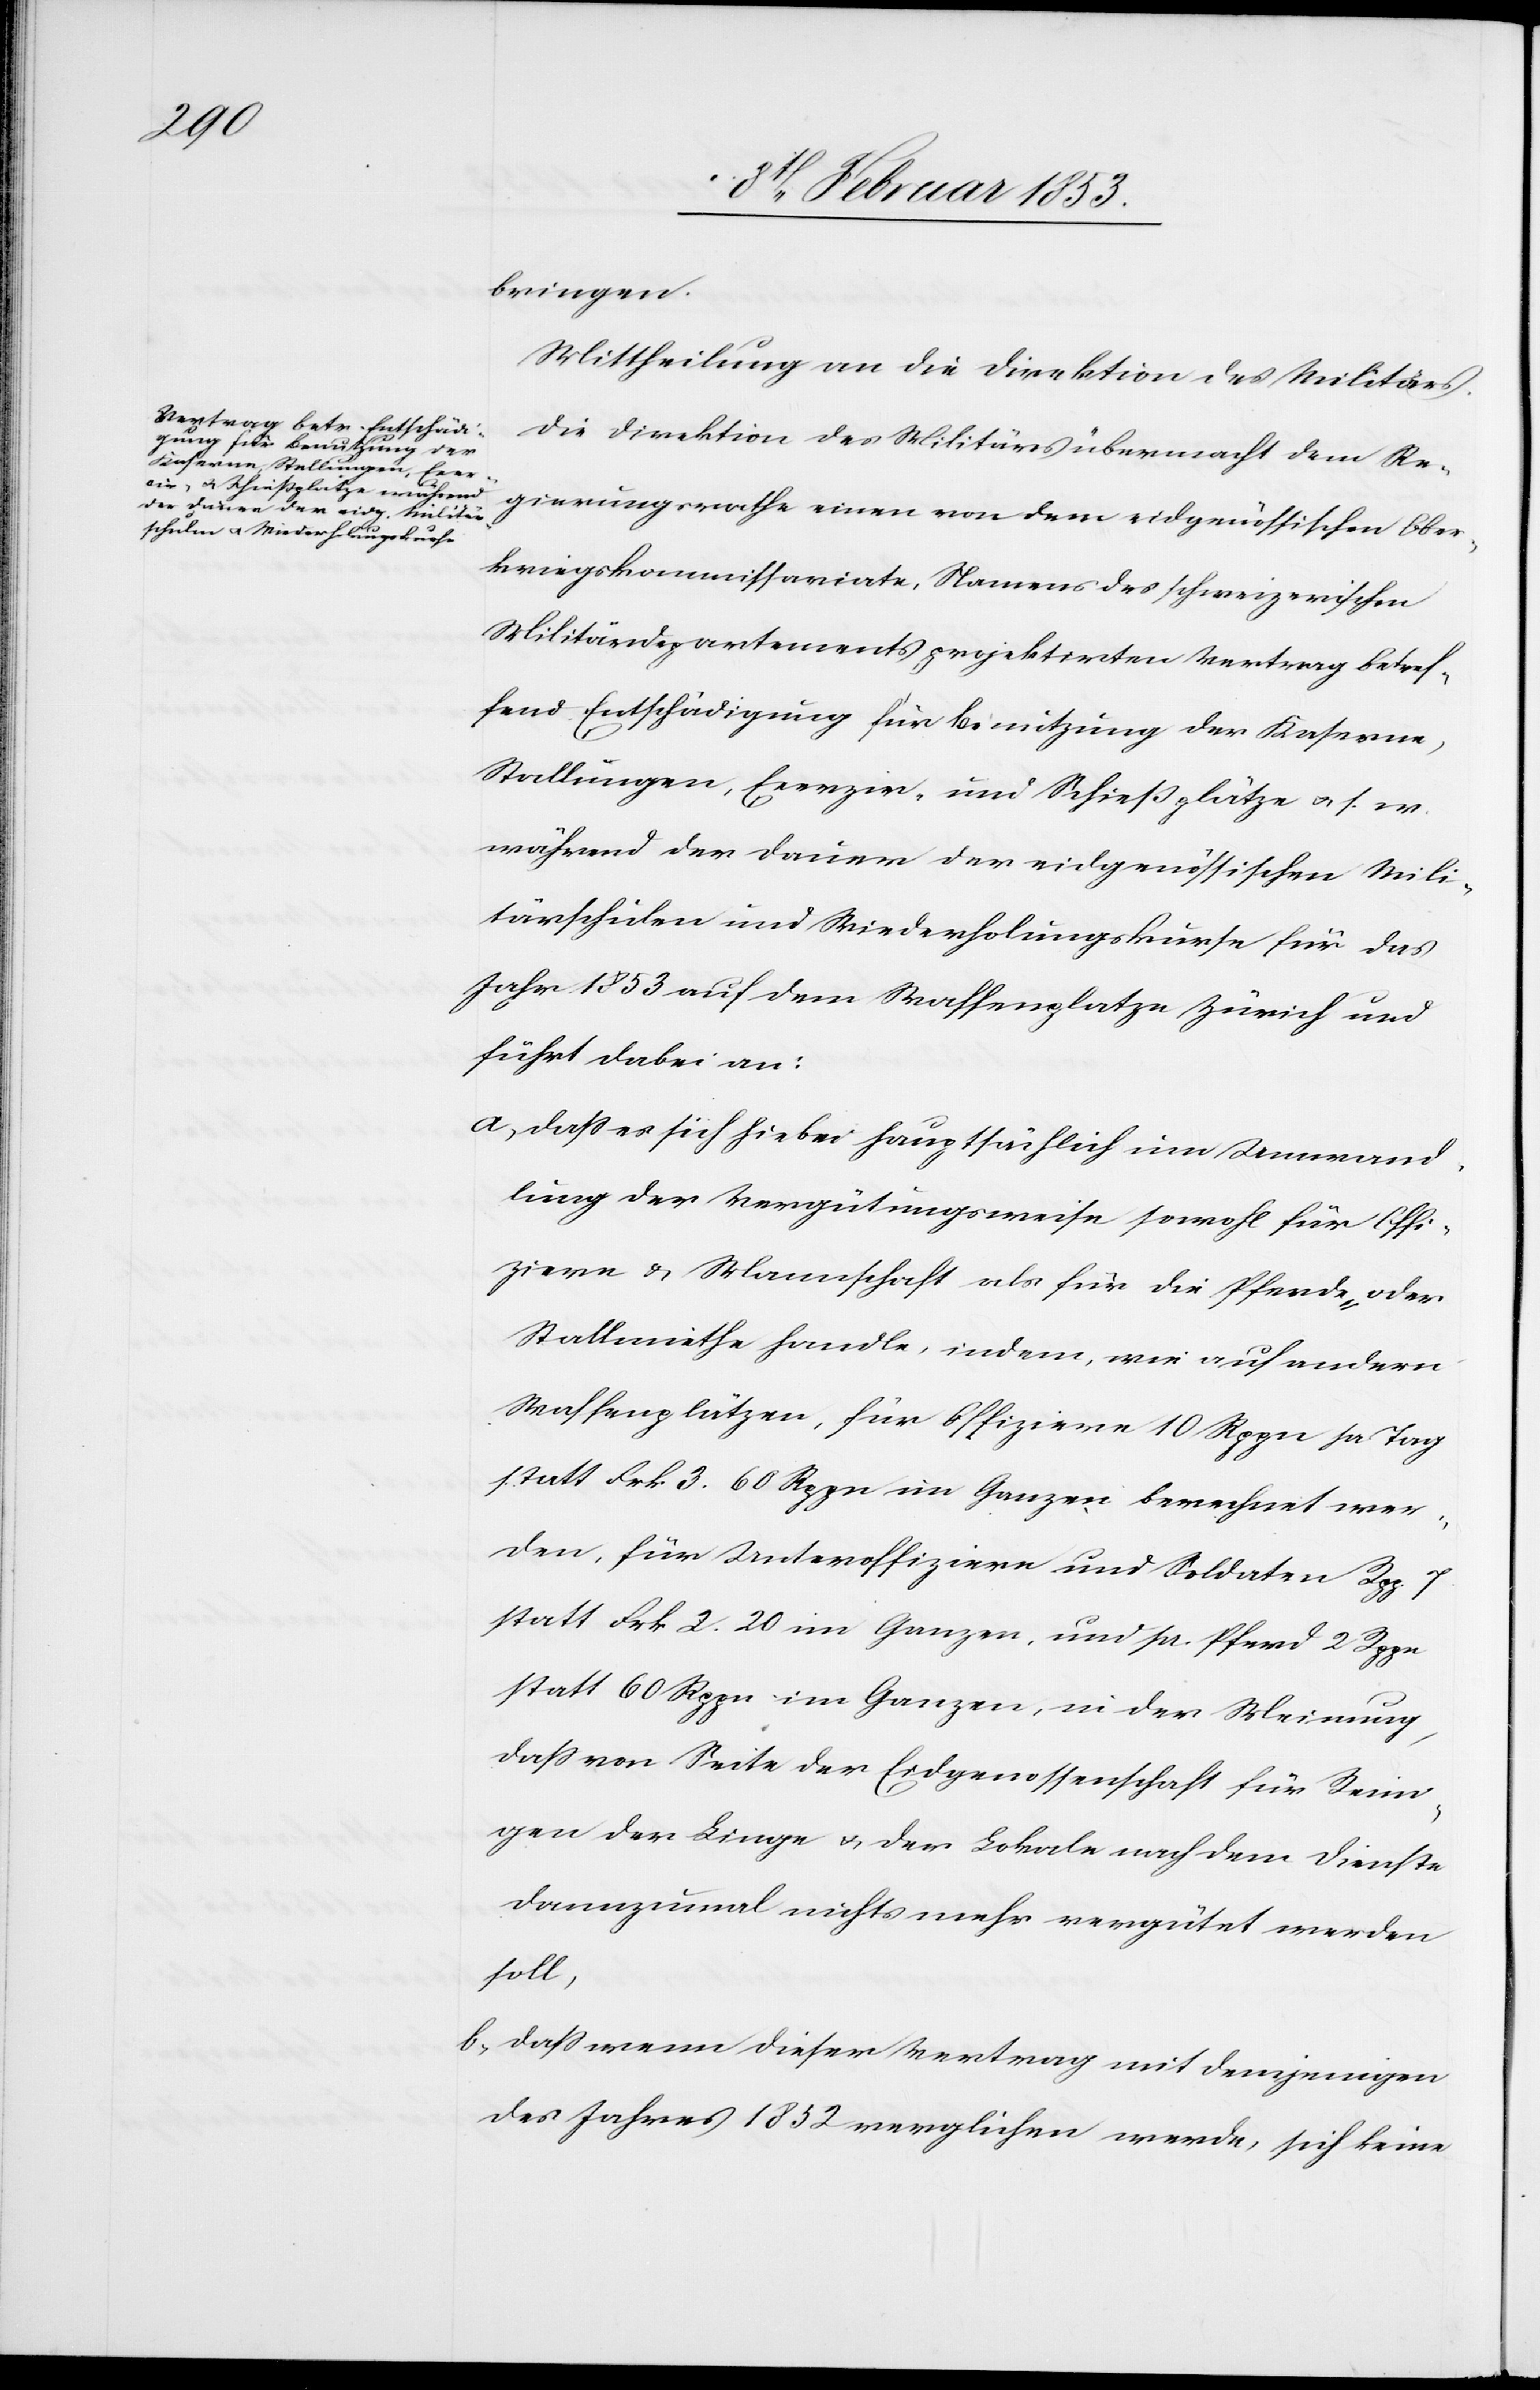
bringen.
Mittheilung an die Direktion des Militärs.
Die Direktion des Militärs übermacht dem Re¬
gierungsrathe einen von dem eidgenössischen Ober¬
kriegskommissariate, Namens des schweizerischen
Militärdepartements projektirten Vertrag betref¬
fend Entschädigung für Benutzung der Kaserne,
Stallungen, Exerzir, und Schießplätze u. s. w.
während der Dauer der eidgenössischen Mili¬
tärschulen und Wiederholungskurse für das
Jahr 1853 auf dem Waffenplatze Zürich und
führt dabei an:
a, daß es sich hiebei hauptsächlich um Umwand¬
lung der Vergütungsweise sowohl für Offi¬
ziere u. Mannschaft als für die Pferde- oder
Stallmiethe handle, indem, wie auf andern
Waffenplätzen, für Offiziere 10 Rppn pr. Tag
statt Frk 3. 60 Rppn im Ganzen berechnet wer¬
den, für Unteroffiziere und Soldaten Rpp. 7
statt Frk 2. 20 im Ganzen, und pr. Pfund 2 Rppn.
statt 60 Rppn im Ganzen, in der Meinung,
daß von Seite der Eidgenossenschaft für Reini¬
gen der Liege u. der Lokale nach dem Dienste
dannzumal nichts mehr vergütet werden
soll,
b, daß wenn dieser Vertrag mit demjenigen
des Jahres 1852 verglichen werde, sich keine